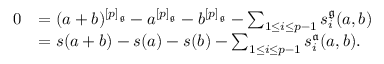
\begin{array} { r l } { 0 } & { = ( a + b ) ^ { [ p ] _ { \mathfrak { g } } } - a ^ { [ p ] _ { \mathfrak { g } } } - b ^ { [ p ] _ { \mathfrak { g } } } - \sum _ { 1 \leq i \leq p - 1 } s _ { i } ^ { \mathfrak { g } } ( a , b ) } \\ & { = s ( a + b ) - s ( a ) - s ( b ) - \sum _ { 1 \leq i \leq p - 1 } s _ { i } ^ { \mathfrak { a } } ( a , b ) . } \end{array}